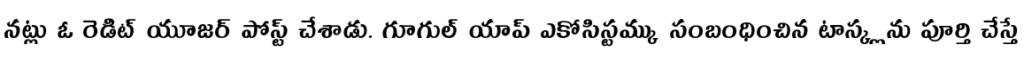
నట్లు ఓ రెడిట్ యూజర్ పోస్ట్ చేశాడు. గూగుల్ యాప్ ఎకోసిస్టమ్కు సంబంధించిన టాస్క్లను పూర్తి చేస్తే